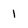
Character: 1